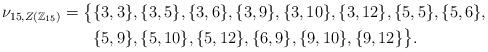
LaTeX: \begin{align*}\nu_{15,Z(\mathbb{Z}_{15})} = \big\{&\{3,3\}, \{3,5\}, \{3,6\}, \{3,9\}, \{3,10\}, \{3,12\}, \{5,5\}, \{5,6\},\\& \{5,9\}, \{5,10\}, \{5,12\}, \{6,9\}, \{9,10\}, \{9,12\}\big\}.\end{align*}